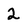
Character: 2